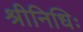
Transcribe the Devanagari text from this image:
श्रीनिधिः